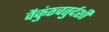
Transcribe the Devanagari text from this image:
वैकुंठचतुर्दशी